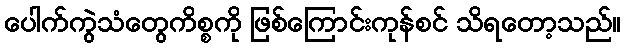
ပေါက်ကွဲသံတွေကိစ္စကို ဖြစ်ကြောင်းကုန်စင် သိရတော့သည်။